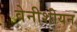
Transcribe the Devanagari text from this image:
वेनीशीयन